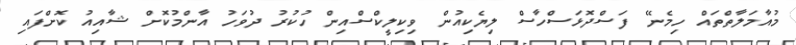
މުއާމަލާތްތައް ހިމެނޭ ފަސްދޮޅަސްހާސް ލިޔެކިއުން ވިކިލީކްސްއިން ހުކުރު ދުވަހު އާންމުކޮށް ޝާއިއު ކޮށްފައި